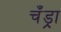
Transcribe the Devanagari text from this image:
चँड्रा